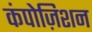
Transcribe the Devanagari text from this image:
कंपोज़िशन